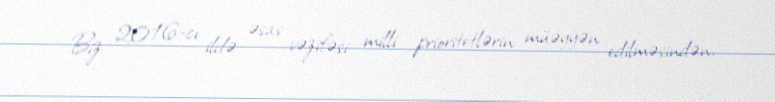
Biz 2016-cı ildə əsas vəzifəsi milli prioritetlərin müəyyən edilməsindən,